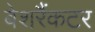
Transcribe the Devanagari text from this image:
बेशरैंकटर